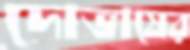
দোভাষের